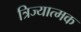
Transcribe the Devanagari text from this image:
त्रिज्यात्मक